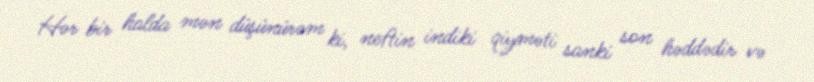
Hər bir halda mən düşünürəm ki, neftin indiki qiyməti sanki son həddədir və